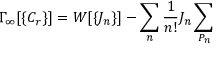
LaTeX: \Gamma _ { \infty } [ \{ C _ { r } \} ] = W [ \{ J _ { n } \} ] - \sum _ { n } { \frac { 1 } { n ! } } J _ { n } \sum _ { P _ { n } }